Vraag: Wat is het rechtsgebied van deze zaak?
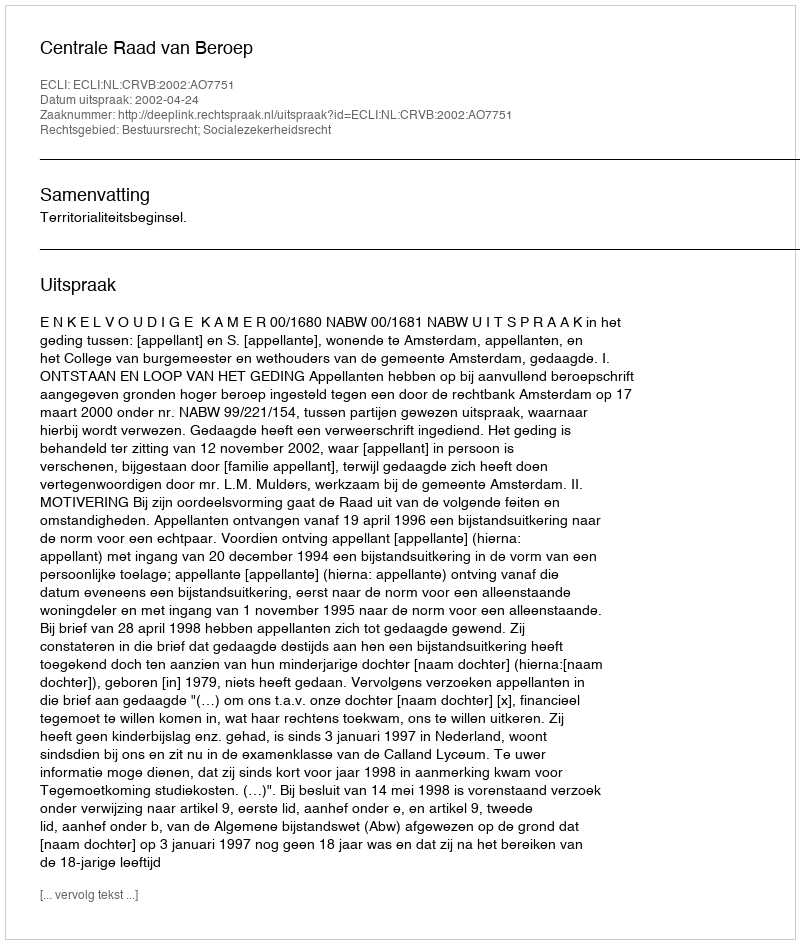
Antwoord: Bestuursrecht; Socialezekerheidsrecht